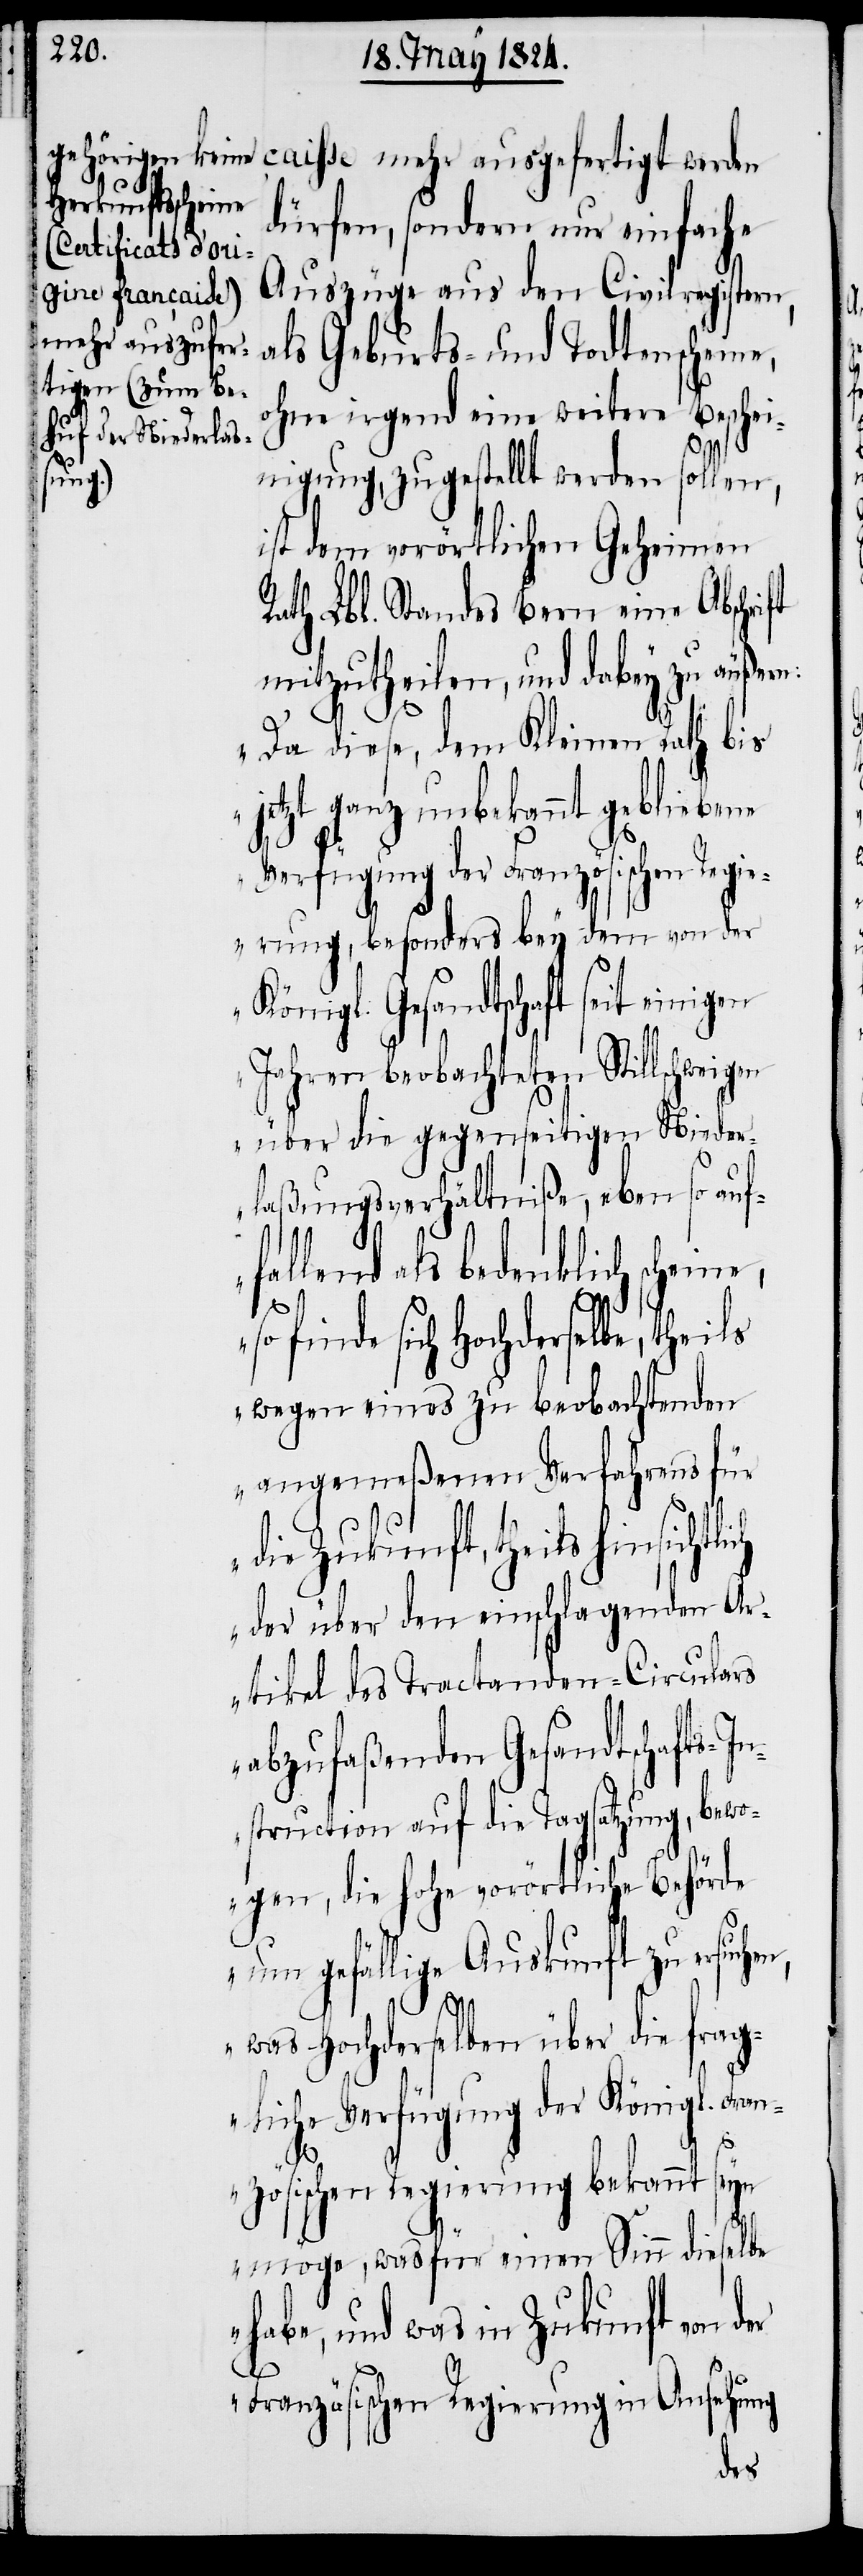
çaise mehr ausgefertigt werden
dürfen, sondern nur einfache
Auszüge aus den Civilregistern,
als Geburts- und Todtenscheine,
ohne irgend eine weitere Beschei¬
nigung, zugestellt werden sollen,
suchen,
ist dem vorörtlichen Geheimen
Rath Lbl. Standes Bern eine Abschrift
mitzutheilen, und dabey zu äußer¬
„Da diese, dem Kleinen Rath bis
jetzt ganz unbekannt gebliebene
Verfügung der Französischen Reg¬
ierung, besonders bey dem von der
Königl. Gesandtschaft seit einigen
Jahren beobachteten Stillschweigen
über die gegenseitigen Nieder¬
laßungsverhältniße, eben so auf¬
fallend als bedenklich scheine,
ch
so finde sich Hochderselbe, theils
wegen eines zu beobachtenden
angemeßenen Verfahrens für
die Zukunft, theils hinsichtli¬
der über den einschlagenden Ar¬
tikel des Tractanden-Circulars
abzufaßenden Gesandtschafts-In¬
struction auf die Tagsatzung, bewo¬
gen, die hohe vorörtliche Behörde
um gefällige Auskunft zu er¬
was Hochderselben über die frag¬
liche Verfügung der Königl. Fran¬
zösischen Regierung bekannt seyn
möge, was für einen Sinn dieselbe
habe, und was in Zukunft von
Französischen Regierung in Ansehung
der